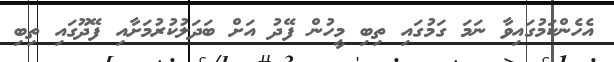
އެހެންކަމުގައިވާ ނަމަ ގަމުގައި ތިބި މީހުން ފޭދު އަށް ބަދަލުކުރުމަށާއި ފޭދޫގައި ތިބި